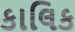
કાલિક